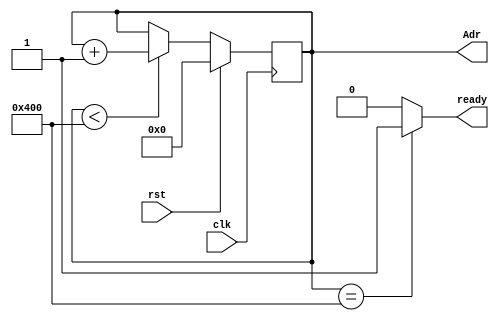
module Controller#(parameter N=1024)(clk,rst, Adr, ready);
    input clk,rst;
    output reg [31:0] Adr = 0;
    output ready;
    
    always@(posedge clk)begin
      if(rst)
        Adr <= 0;
      else
        if(Adr < N)
          Adr <= Adr + 1;
    end
    assign ready = (Adr == N)?1:0;
endmodule